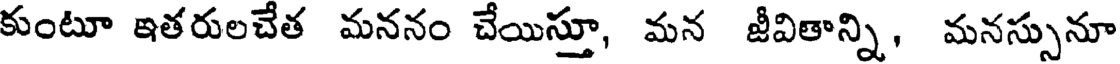
కుంటూ ఇతరులచేత మననం చేయిస్తూ, మన జీవితాన్ని, మనస్సునూ